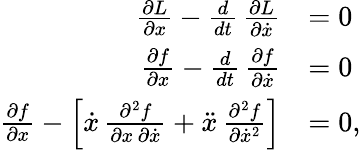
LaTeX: \begin{array}{rl}{\frac{\partial L}{\partial x}-\frac{d}{dt}\, \frac{\partial L}{\partial\dot{x}}}&{=0}\\ {\frac{\partial f}{\partial x}-\frac{d}{dt}\, \frac{\partial f}{\partial\dot{x}}}&{=0}\\ {\frac{\partial f}{\partial x}-\left[\dot{x}\, \frac{\partial^{2}f}{\partial x\, \partial\dot{x}}+\ddot{x}\, \frac{\partial^{2}f}{\partial\dot{x}^{2}}\right]}&{=0,}\end{array}